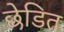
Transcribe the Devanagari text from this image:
छेडित